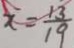
x = \frac { 1 3 } { 1 9 }